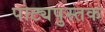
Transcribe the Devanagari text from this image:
पाट्यपुस्तक